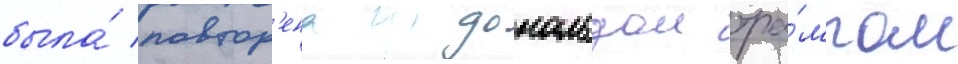
была́ повтор'ена дональдом тра́мпом